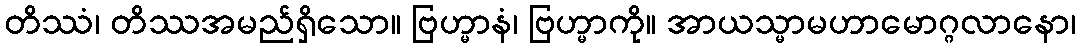
တိဿံ၊ တိဿအမည်ရှိသော။ ဗြဟ္မာနံ၊ ဗြဟ္မာကို။ အာယသ္မာမဟာမောဂ္ဂလာနော၊